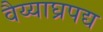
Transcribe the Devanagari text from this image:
वैय्याघ्रपद्य